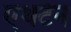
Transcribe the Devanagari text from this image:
एथर्टन